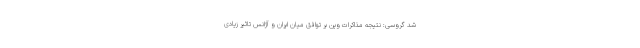
شد گروسی: نتیجه مذاکرات وین بر توافق میان ایران و آژانس تاثیر زیادی